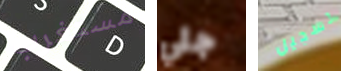
مستغرب جلي تسجيل